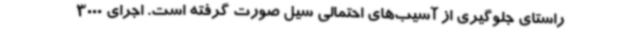
راستای جلوگیری از آسیب‌های احتمالی سیل صورت گرفته است. اجرای 3000